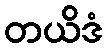
တယိဒံ